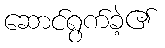
ဆောင်ရွက်ခဲ့၏